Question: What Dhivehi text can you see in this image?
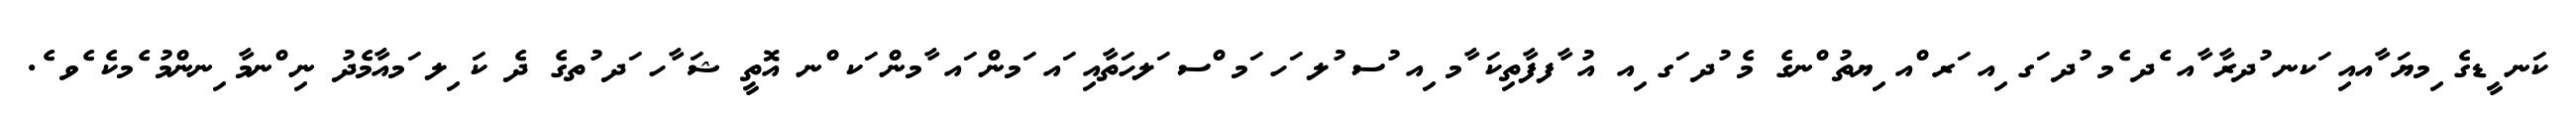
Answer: ކަނ ީޑގެ ިމޔަ ާއއި ަކނ ުދރާ ާއ ެދ ެމ ުދ ަގ ިއ ަރ ްއ ިޔތު ްނގެ މެ ުދ ަގ ިއ އު ާފފާތިކަ ާމ ިއ ުސ ުލ ަހ ަމ ްސ ަލހަތާއި ައ ަމން ައ ާމން ަކ ްނ އޮތީ ޝަ ާހ ަދ ުތގެ ދެ ކަ ިލ ަމއާމެދު ނި ްނމާ ިނންމު ެމކެ ެވ ެ.